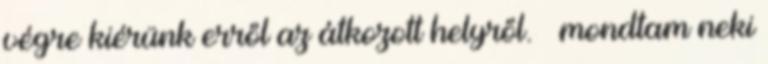
végre kiérünk erről az átkozott helyről. – mondtam neki